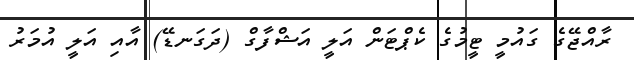
ރާއްޖޭގެ ގައުމީ ޓީމުގެ ކެޕްޓަން އަލީ އަޝްފާގް (ދަގަނޑޭ) އާއި އަލީ އުމަރު